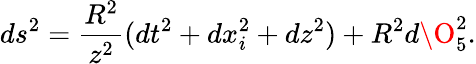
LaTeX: ds^{2}={\frac{R^{2}}{z^{2}}}(dt^{2}+dx_{i}^{2}+dz^{2})+R^{2}d\O_{5}^{2}.